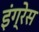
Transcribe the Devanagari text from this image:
इंग्रेस